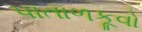
પાતાળકૂવો